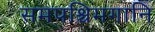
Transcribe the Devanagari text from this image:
समपश्चिमगानि